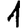
Digit: 1